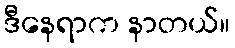
ဒီနေရာက နာတယ်။